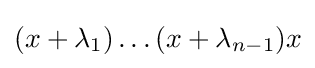
(x+\lambda _{1})\dots (x+\lambda _{n-1})x